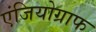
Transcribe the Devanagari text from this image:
एंजियोग्राफ